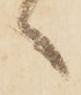
言